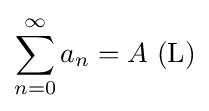
\sum _{n=0}^{\infty }a_{n}=A\,\,(\mathrm {L} )